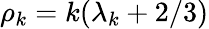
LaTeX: \rho_{k}=k(\lambda_{k}+2/3)